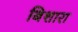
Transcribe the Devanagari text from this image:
बिशारा